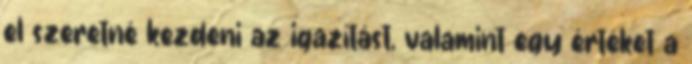
el szeretné kezdeni az igazítást, valamint egy értéket a